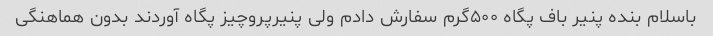
باسلام بنده پنیر باف پگاه ۵۰۰گرم سفارش دادم ولی پنیرپروچیز پگاه آوردند بدون هماهنگی